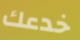
خدعك